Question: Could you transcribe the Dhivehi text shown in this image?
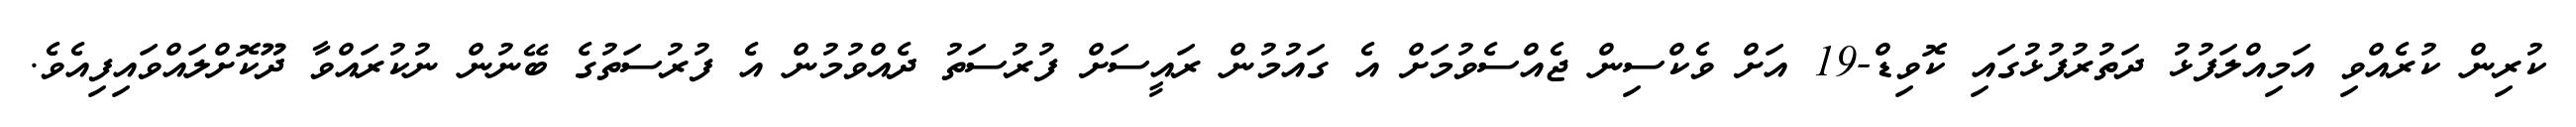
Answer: ކުރިން ކުރެއްވި އަމިއްލަފުޅު ދަތުރުފުޅުގައި ކޮވިޑް-19 އަށް ވެކްސިން ޖެއްސެވުމަށް އެ ގައުމުން ރައީސަށް ފުރުސަތު ދެއްވުމުން އެ ފުރުސަތުގެ ބޭނުން ނުކުރައްވާ ދޫކޮށްލައްވައިފިއެވެ.